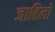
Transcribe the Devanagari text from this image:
जाहिलो